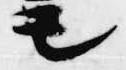
モ